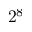
2 ^ { 8 }